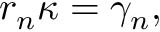
r _ { n } \kappa = \gamma _ { n } ,